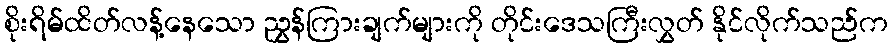
စိုးရိမ်ထိတ်လန့်နေသော ညွှန်ကြားချက်များကို တိုင်းဒေသကြီးလွှတ် နိုင်လိုက်သည်က